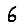
Digit: 6